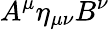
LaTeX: A^{\mu}\eta_{\mu\nu}B^{\nu}